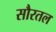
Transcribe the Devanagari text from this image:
सौरतल